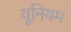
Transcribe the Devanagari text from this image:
यूनियम